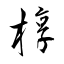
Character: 椁